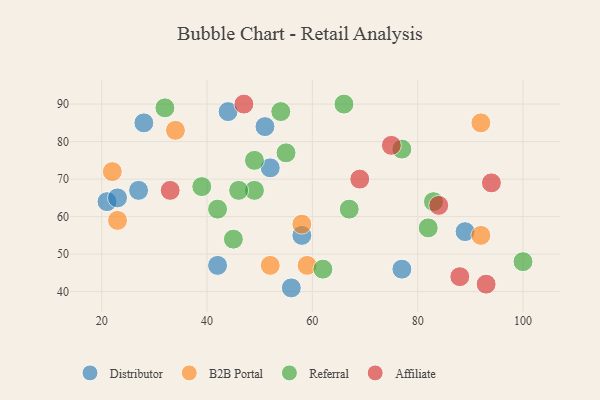
{"axis": {"x": "GDP", "y": "Life Expectancy"}, "legend": ["Affiliate", "B2B Portal", "Distributor", "Referral"], "data": [{"x": "27", "y": 67, "type": "Distributor"}, {"x": "58", "y": 55, "type": "Distributor"}, {"x": "21", "y": 64, "type": "Distributor"}, {"x": "52", "y": 73, "type": "Distributor"}, {"x": "42", "y": 47, "type": "Distributor"}, {"x": "44", "y": 88, "type": "Distributor"}, {"x": "77", "y": 46, "type": "Distributor"}, {"x": "89", "y": 56, "type": "Distributor"}, {"x": "23", "y": 65, "type": "Distributor"}, {"x": "28", "y": 85, "type": "Distributor"}, {"x": "51", "y": 84, "type": "Distributor"}, {"x": "56", "y": 41, "type": "Distributor"}, {"x": "23", "y": 59, "type": "B2B Portal"}, {"x": "52", "y": 47, "type": "B2B Portal"}, {"x": "58", "y": 58, "type": "B2B Portal"}, {"x": "92", "y": 85, "type": "B2B Portal"}, {"x": "22", "y": 72, "type": "B2B Portal"}, {"x": "59", "y": 47, "type": "B2B Portal"}, {"x": "34", "y": 83, "type": "B2B Portal"}, {"x": "92", "y": 55, "type": "B2B Portal"}, {"x": "39", "y": 68, "type": "Referral"}, {"x": "66", "y": 90, "type": "Referral"}, {"x": "77", "y": 78, "type": "Referral"}, {"x": "83", "y": 64, "type": "Referral"}, {"x": "100", "y": 48, "type": "Referral"}, {"x": "49", "y": 67, "type": "Referral"}, {"x": "46", "y": 67, "type": "Referral"}, {"x": "32", "y": 89, "type": "Referral"}, {"x": "49", "y": 75, "type": "Referral"}, {"x": "55", "y": 77, "type": "Referral"}, {"x": "45", "y": 54, "type": "Referral"}, {"x": "67", "y": 62, "type": "Referral"}, {"x": "62", "y": 46, "type": "Referral"}, {"x": "82", "y": 57, "type": "Referral"}, {"x": "42", "y": 62, "type": "Referral"}, {"x": "54", "y": 88, "type": "Referral"}, {"x": "75", "y": 79, "type": "Affiliate"}, {"x": "33", "y": 67, "type": "Affiliate"}, {"x": "84", "y": 63, "type": "Affiliate"}, {"x": "69", "y": 70, "type": "Affiliate"}, {"x": "93", "y": 42, "type": "Affiliate"}, {"x": "88", "y": 44, "type": "Affiliate"}, {"x": "47", "y": 90, "type": "Affiliate"}, {"x": "94", "y": 69, "type": "Affiliate"}]}